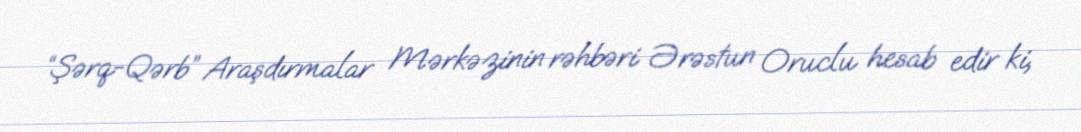
“Şərq-Qərb” Araşdırmalar Mərkəzinin rəhbəri Ərəstun Oruclu hesab edir ki,